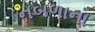
નબળાના